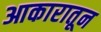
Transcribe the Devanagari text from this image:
आकारातून